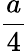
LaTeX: \frac{a}{4}